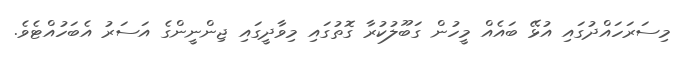
މިސަރަހައްދުގައި އުޅޭ ބައެއް މީހުން ގަބޫލުކުރާ ގޮތުގައި މިވާދީގައި ޖިންނީންގެ އަސަރު އެބަހުއްޓެވެ.